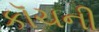
કૉચની